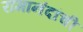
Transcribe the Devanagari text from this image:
रामानंदांची